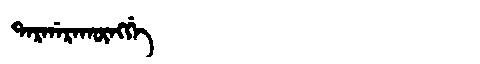
Manchu: ᡨᠠᡵᡤᠠᡵᠠᡴᡡᠩᡤᡝ
Romanization: TARGARAKŪNGGE